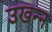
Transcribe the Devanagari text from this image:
उखन्न